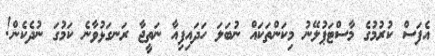
އެފަސް ކުރުމުގެ މާސްޓަޕުލޭނު މިކަންތަކައް ނުބަލަ ހަދައިފިއާ ނަތީޖާ ރަނގަޅުވާނެ ކަމުގަ ނުދެކެން!